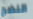
النضج